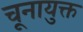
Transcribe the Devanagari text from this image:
चूनायुक्त